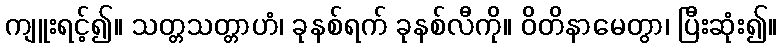
ကျူးရင့်၍။ သတ္တသတ္တာဟံ၊ ခုနစ်ရက် ခုနစ်လီကို။ ဝိတိနာမေတွာ၊ ပြီးဆုံး၍။